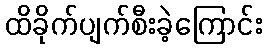
ထိခိုက်ပျက်စီးခဲ့ကြောင်း